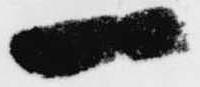
一